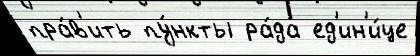
пра́в'ить пу́нкты ра́да ед'ин'и́це